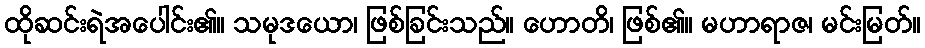
ထိုဆင်းရဲအပေါင်း၏။ သမုဒယော၊ ဖြစ်ခြင်းသည်။ ဟောတိ၊ ဖြစ်၏။ မဟာရာဇ၊ မင်းမြတ်။